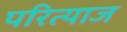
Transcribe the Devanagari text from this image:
परित्याज